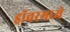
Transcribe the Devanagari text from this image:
ड्रॉवरमध्ये